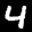
Label: 4